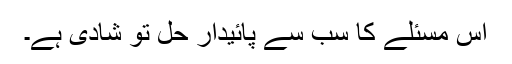
اس مسئلے کا سب سے پائیدار حل تو شادی ہے۔